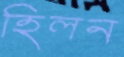
হিলন